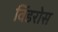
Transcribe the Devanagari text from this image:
विंडरोस